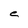
Character: C